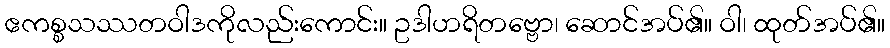
ဧကစ္စသဿတဝါဒကိုလည်းကောင်း။ ဥဒါဟရိတဗ္ဗော၊ ဆောင်အပ်၏။ ဝါ၊ ထုတ်အပ်၏။